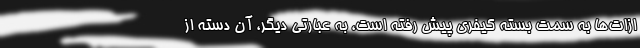
ازات‌ها به سمت بسته کیفری پیش رفته است، به عبارتی دیگر، آن دسته از